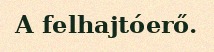
A felhajtóerő.